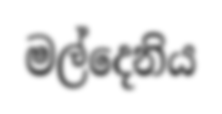
මල්දෙනිය